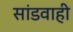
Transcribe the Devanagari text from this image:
सांडवाही